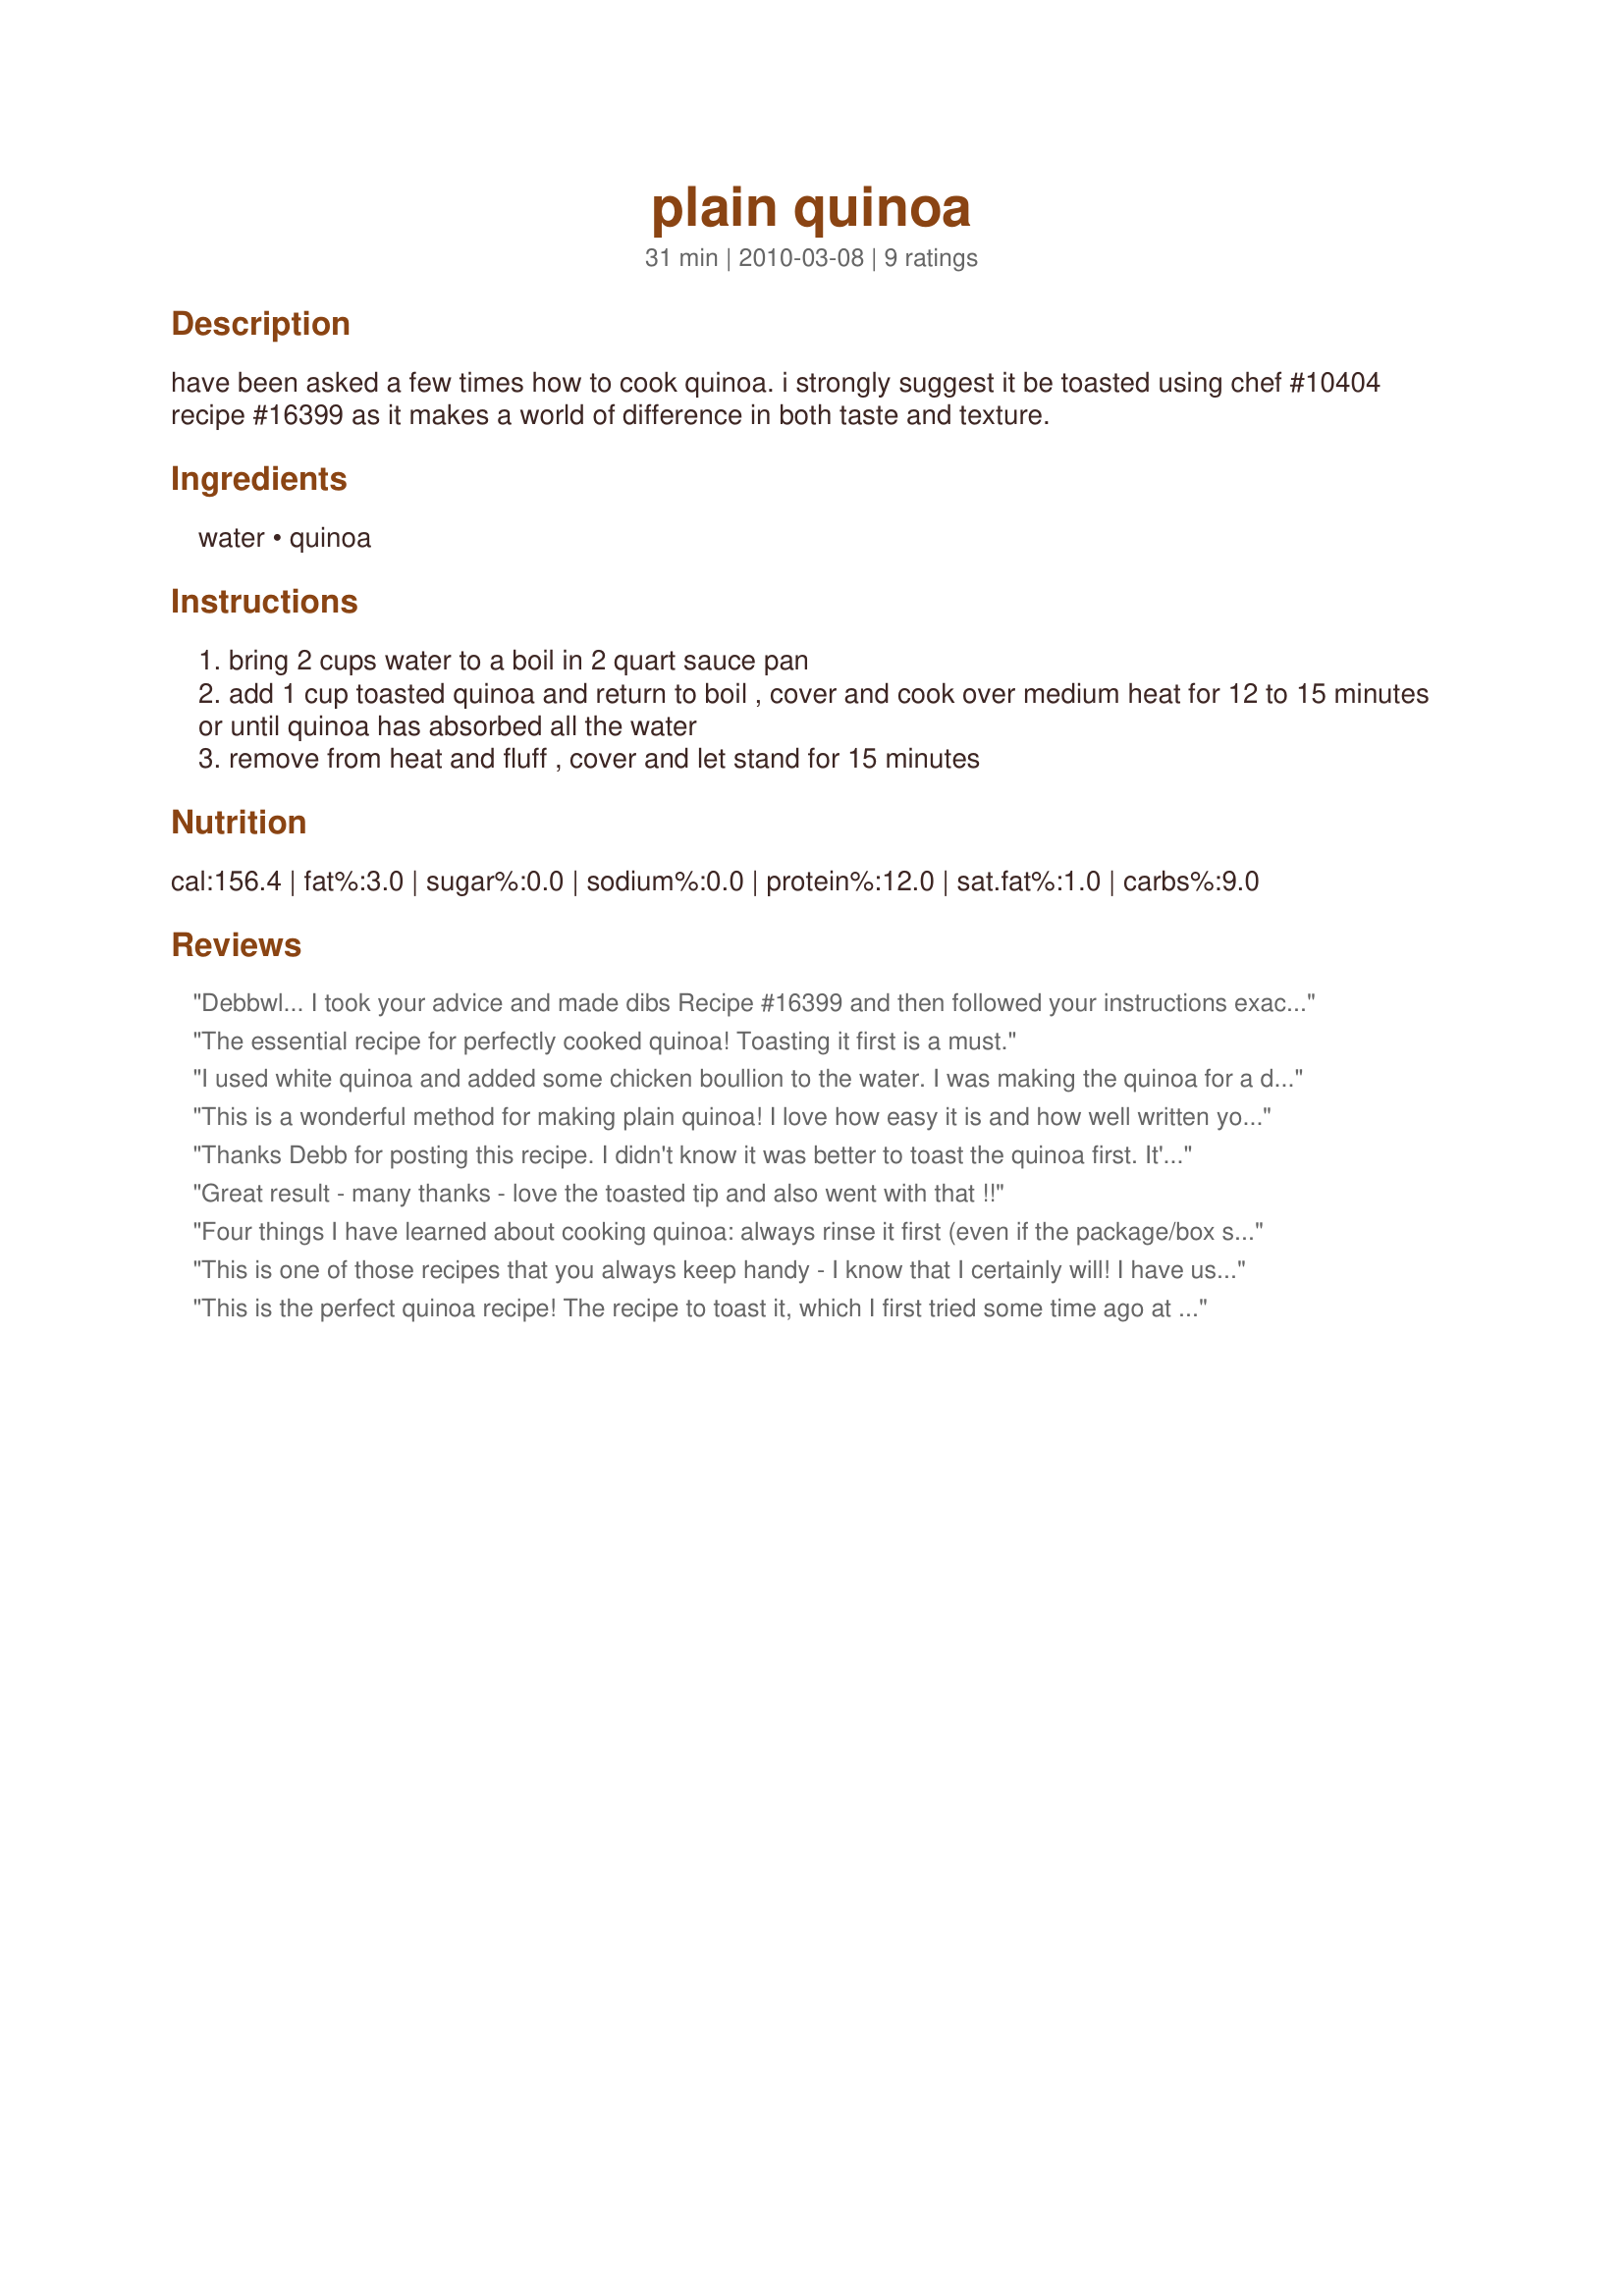
plain quinoa
Preparation time: 31 minutes

have been asked a few times how to cook quinoa. i strongly suggest it be toasted using chef #10404
recipe #16399 as it makes a world of difference in both taste and texture.

Ingredients:
water, quinoa

Steps:
bring 2 cups water to a boil in 2 quart sauce pan
add 1 cup toasted quinoa and return to boil , cover and cook over medium heat for 12 to 15 minutes or until quinoa has absorbed all the water
remove from heat and fluff , cover and let stand for 15 minutes

Reviews:
Debbwl... I took your advice and made dibs Recipe #16399 and then followed your instructions exactly. I then used your recipe to make my Recipe #518104. It worked wonderfully. Great flavor and texture. Thank you for posting something so simple that I can&#039;t botch it up! Made for Culinary Quest 2014 / Suitcase Gourmets
The essential recipe for perfectly cooked quinoa! Toasting it first is a must.
I used white quinoa and added some chicken boullion to the water. I was making the quinoa for a different recipe and thought okay I need to make some as a side dish, it was great.
This is a wonderful method for making plain quinoa! I love how easy it is and how well written your descriptions are, Debbie!<br/>My quinoa came out fluffy and perfectly cooked after 18 minutes.<br/>THANK YOU SO MUCH for sharing yet another great instructions for cooking grains!<br/>Made and reviewed for Veggie Swap #26 September 2010.
Thanks Debb for posting this recipe. I didn't know it was better to toast the quinoa first. It's great that way. Thanks :) Made for Holiday tag game
Great result - many thanks - love the toasted tip and also went with that !!
Four things I have learned about cooking quinoa: always rinse it first (even if the package/box states it is pre-rinsed), toast the grain first, salt sufficiently, and use broth or stock. That&#039;s what I did. I toasted the quinoa in about 1 tablespoon of olive oil. Cooked 15 minutes then set aside for about 10 minutes. Perfect! Made for CQ 2014.
This is one of those recipes that you always keep handy - I know that I certainly will! I have used this method several times (always toasting the quinoa first) - usually only making 2 or 3 servings; it has worked out just great each time even when changing the serving size.
This is the perfect quinoa recipe! The recipe to toast it, which I first tried some time ago at Deb's suggestion, was what got me to try this seed again - and now I'm totally hooked! Deb's recipe makes it come out perfect, and look, Mom, no watching, either! For this recipe, I used red, white, and black quinoa. How pretty! Thanks for a real winner! Made for PRMR Tag (sorry for being late with my review!)
